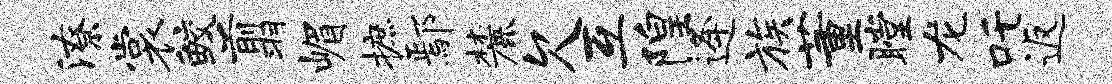
潦裳鲛翦嵋摭鄢麓欠互隍逄族董瞠龙吒返